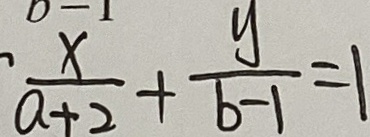
\frac { x } { a + 2 } + \frac { y } { b - 1 } = 1